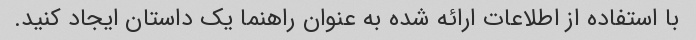
با استفاده از اطلاعات ارائه شده به عنوان راهنما یک داستان ایجاد کنید.